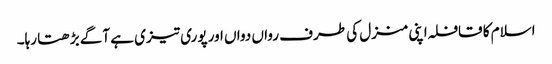
اسلام کا قافلہ اپنی منزل کی طرف رواں دواں اور پوری تیزی ہے آگے بڑھتا رہا۔